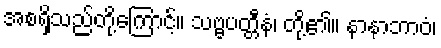
အစရှိသည်တို့ကြောင့်။ သဗ္ဗပတ္တီနံ၊ တို့၏။ နာနာဘာဝံ၊